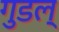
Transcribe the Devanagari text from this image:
गुडल्